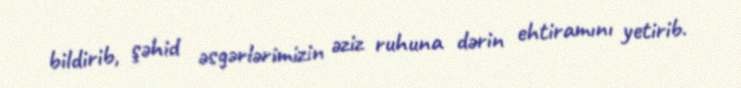
bildirib, şəhid əsgərlərimizin əziz ruhuna dərin ehtiramını yetirib.